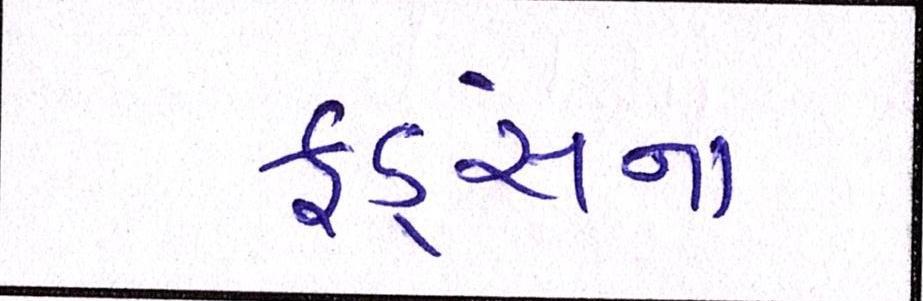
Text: ફંડ્સના